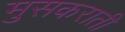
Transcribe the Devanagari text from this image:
मुसकराती